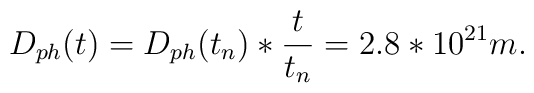
D_{ph}(t)=D_{ph}(t_n)* \frac{t}{t_n}=2.8*10^{21}m.